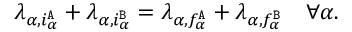
\lambda _ { \alpha , i _ { \alpha } ^ { \tt A } } + \lambda _ { \alpha , i _ { \alpha } ^ { \tt B } } = \lambda _ { \alpha , f _ { \alpha } ^ { \tt A } } + \lambda _ { \alpha , f _ { \alpha } ^ { \tt B } } \quad \forall \alpha .